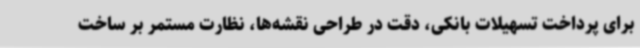
برای پرداخت تسهیلات بانکی، دقت در طراحی نقشه‌ها، نظارت مستمر بر ساخت